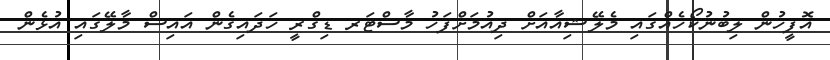
އޮފީހުން ލިބުނުކޯހެއްގައި މެލޭޝިއާއަށް ދިއުމަށްފަހު މާސްޓަރ ޑިގްރީ ހަދައިގެން އައިސް މާލޭގައި އުޅެން